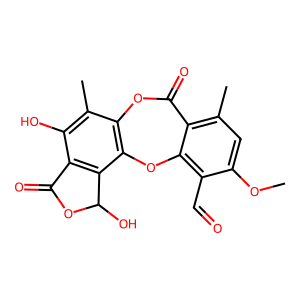
SMILES: COc1cc(C)c2c(c1C=O)Oc1c(c(C)c(O)c3c1C(O)OC3=O)OC2=O
Inhibits HIV replication: No